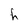
Character: h